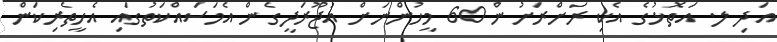
އަދި ލ. އަތޮޅުގެ އެކި ރަށްރަށުން 60 މީހުންނަށް އުޖޫރަދީގެން އެމަސައްކަތުގައި އެހީތެރިކަން